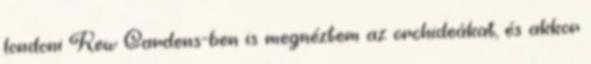
londoni Kew Gardens-ben is megnéztem az orchideákat, és akkor